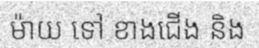
ម៉ាយ ទៅ ខាងជើង និង